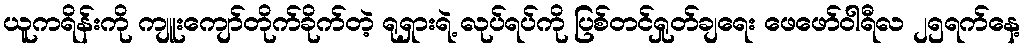
ယူကရိန်းကို ကျူးကျော်တိုက်ခိုက်တဲ့ ရုရှားရဲ့ လုပ်ရပ်ကို ပြစ်တင်ရှုတ်ချရေး ဖေဖော်ဝါရီလ ၂၅ရက်နေ့